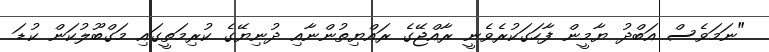
"ނަމަވެސް އަބްދު ޔާމީން ފާހަގަކުރެވެނީ ރާއްޖޭގެ ރައްޔިތުންނާއި ދުނިޔޭގެ ކުރިމަތީގައި މަގްބޫލުކަން ކުޑަ